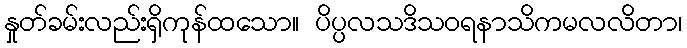
နှုတ်ခမ်းလည်းရှိကုန်ထသော။ ပိပ္ပလသဒိသဝရနာသိကမလလိတာ၊